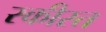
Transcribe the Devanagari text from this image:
स्कीस्त